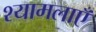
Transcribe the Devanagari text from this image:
श्यामलाएँ